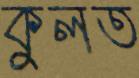
কুলত